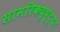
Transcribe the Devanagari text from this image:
सामरिकदृष्ट्या